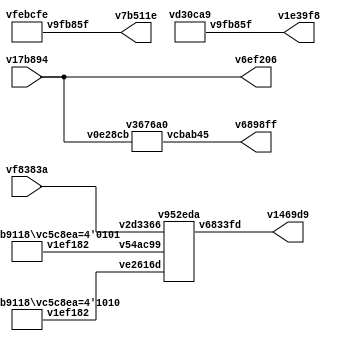
// Code generated by Icestudio 0.8.1w202112280812

`default_nettype none

//---- Top entity
module main #(
 parameter v2af3e8 = 4'hA,
 parameter v98e11a = 4'h5
) (
 input v17b894,
 input vf8383a,
 output v7b511e,
 output v6ef206,
 output [3:0] v1469d9,
 output v6898ff,
 output v1e39f8
);
 localparam p7 = v2af3e8;
 localparam p10 = v98e11a;
 wire w0;
 wire w1;
 wire w2;
 wire w3;
 wire w4;
 wire [0:3] w5;
 wire w6;
 wire [0:3] w8;
 wire [0:3] w9;
 assign v7b511e = w0;
 assign v6898ff = w1;
 assign w2 = v17b894;
 assign v6ef206 = w2;
 assign w3 = v17b894;
 assign v1e39f8 = w4;
 assign v1469d9 = w5;
 assign w6 = vf8383a;
 assign w3 = w2;
 vfebcfe v14f857 (
  .v9fb85f(w0)
 );
 v3676a0 vfc62fe (
  .vcbab45(w1),
  .v0e28cb(w3)
 );
 vd30ca9 vc19df4 (
  .v9fb85f(w4)
 );
 v9b9118 #(
  .vc5c8ea(p10)
 ) v7d370f (
  .v1ef182(w9)
 );
 v9b9118 #(
  .vc5c8ea(p7)
 ) v8f4039 (
  .v1ef182(w8)
 );
 v952eda v06ea2a (
  .v6833fd(w5),
  .v2d3366(w6),
  .ve2616d(w8),
  .v54ac99(w9)
 );
endmodule

//---- Top entity
module vfebcfe (
 output v9fb85f
);
 wire w0;
 assign v9fb85f = w0;
 vfebcfe_vb2eccd vb2eccd (
  .q(w0)
 );
endmodule

//---------------------------------------------------
//-- bit-1
//-- - - - - - - - - - - - - - - - - - - - - - - - --
//-- Constant bit 1
//---------------------------------------------------

module vfebcfe_vb2eccd (
 output q
);
 //-- Constant bit-1
 assign q = 1'b1;
 
 
endmodule
//---- Top entity
module v3676a0 (
 input v0e28cb,
 output vcbab45
);
 wire w0;
 wire w1;
 assign w0 = v0e28cb;
 assign vcbab45 = w1;
 v3676a0_vd54ca1 vd54ca1 (
  .a(w0),
  .q(w1)
 );
endmodule

//---------------------------------------------------
//-- NOT
//-- - - - - - - - - - - - - - - - - - - - - - - - --
//-- NOT gate (Verilog implementation)
//---------------------------------------------------

module v3676a0_vd54ca1 (
 input a,
 output q
);
 //-- NOT Gate
 assign q = ~a;
 
 
endmodule
//---- Top entity
module vd30ca9 (
 output v9fb85f
);
 wire w0;
 assign v9fb85f = w0;
 vd30ca9_vb2eccd vb2eccd (
  .q(w0)
 );
endmodule

//---------------------------------------------------
//-- bit-0
//-- - - - - - - - - - - - - - - - - - - - - - - - --
//-- Constant bit 0
//---------------------------------------------------

module vd30ca9_vb2eccd (
 output q
);
 //-- Constant bit-0
 assign q = 1'b0;
 
 
endmodule
//---- Top entity
module v9b9118 #(
 parameter vc5c8ea = 0
) (
 output [3:0] v1ef182
);
 localparam p0 = vc5c8ea;
 wire [0:3] w1;
 assign v1ef182 = w1;
 v9b9118_v465065 #(
  .VALUE(p0)
 ) v465065 (
  .k(w1)
 );
endmodule

//---------------------------------------------------
//-- 4-bits-gen-constant
//-- - - - - - - - - - - - - - - - - - - - - - - - --
//-- Generic: 4-bits generic constant (0-15)
//---------------------------------------------------

module v9b9118_v465065 #(
 parameter VALUE = 0
) (
 output [3:0] k
);
 assign k = VALUE;
endmodule
//---- Top entity
module v952eda (
 input [3:0] v54ac99,
 input [3:0] ve2616d,
 input v2d3366,
 output [3:0] v6833fd
);
 wire w0;
 wire w1;
 wire w2;
 wire [0:3] w3;
 wire w4;
 wire [0:3] w5;
 wire [0:3] w6;
 wire w7;
 wire w8;
 wire w9;
 wire w10;
 wire w11;
 wire w12;
 wire w13;
 wire w14;
 wire w15;
 wire w16;
 wire w17;
 wire w18;
 assign v6833fd = w3;
 assign w5 = ve2616d;
 assign w6 = v54ac99;
 assign w9 = v2d3366;
 assign w10 = v2d3366;
 assign w11 = v2d3366;
 assign w12 = v2d3366;
 assign w10 = w9;
 assign w11 = w9;
 assign w11 = w10;
 assign w12 = w9;
 assign w12 = w10;
 assign w12 = w11;
 vd0c4e5 v6d94c9 (
  .v030ad0(w0),
  .v2d3366(w11),
  .v27dec4(w15),
  .vb192d0(w17)
 );
 vd0c4e5 vebe465 (
  .v030ad0(w1),
  .v2d3366(w12),
  .v27dec4(w16),
  .vb192d0(w18)
 );
 vd0c4e5 ve1c21f (
  .v030ad0(w2),
  .v2d3366(w10),
  .v27dec4(w13),
  .vb192d0(w14)
 );
 v84f0a1 va44bdf (
  .vee8a83(w0),
  .v03aaf0(w1),
  .vf8041d(w2),
  .v11bca5(w3),
  .vd84a57(w4)
 );
 vd0c4e5 v2ebff3 (
  .v030ad0(w4),
  .v27dec4(w7),
  .vb192d0(w8),
  .v2d3366(w9)
 );
 vc4f23a v3c3a57 (
  .v985fcb(w5),
  .v4f1fd3(w8),
  .vda577d(w14),
  .v3f8943(w17),
  .v64d863(w18)
 );
 vc4f23a vd6d480 (
  .v985fcb(w6),
  .v4f1fd3(w7),
  .vda577d(w13),
  .v3f8943(w15),
  .v64d863(w16)
 );
endmodule

//---------------------------------------------------
//-- 4-bits-Mux-2-1
//-- - - - - - - - - - - - - - - - - - - - - - - - --
//-- 2-to-1 Multplexer (4-bit channels)
//---------------------------------------------------
//---- Top entity
module vd0c4e5 (
 input v27dec4,
 input vb192d0,
 input v2d3366,
 output v030ad0
);
 wire w0;
 wire w1;
 wire w2;
 wire w3;
 wire w4;
 wire w5;
 wire w6;
 wire w7;
 assign v030ad0 = w0;
 assign w2 = v2d3366;
 assign w3 = v2d3366;
 assign w6 = v27dec4;
 assign w7 = vb192d0;
 assign w3 = w2;
 v873425 vaaee1f (
  .vcbab45(w0),
  .v0e28cb(w1),
  .v3ca442(w4)
 );
 vba518e v569873 (
  .vcbab45(w1),
  .v3ca442(w2),
  .v0e28cb(w6)
 );
 v3676a0 v1f00ae (
  .v0e28cb(w3),
  .vcbab45(w5)
 );
 vba518e vc8527f (
  .vcbab45(w4),
  .v3ca442(w5),
  .v0e28cb(w7)
 );
endmodule

//---------------------------------------------------
//-- Mux-2-1
//-- - - - - - - - - - - - - - - - - - - - - - - - --
//-- 2-to-1 Multplexer (1-bit channels)
//---------------------------------------------------
//---- Top entity
module v873425 (
 input v0e28cb,
 input v3ca442,
 output vcbab45
);
 wire w0;
 wire w1;
 wire w2;
 assign w0 = v0e28cb;
 assign w1 = v3ca442;
 assign vcbab45 = w2;
 v873425_vf4938a vf4938a (
  .a(w0),
  .b(w1),
  .c(w2)
 );
endmodule

//---------------------------------------------------
//-- OR2
//-- - - - - - - - - - - - - - - - - - - - - - - - --
//-- OR2: Two bits input OR gate
//---------------------------------------------------

module v873425_vf4938a (
 input a,
 input b,
 output c
);
 //-- OR Gate
 //-- Verilog implementation
 
 assign c = a | b;
 
 
endmodule
//---- Top entity
module vba518e (
 input v0e28cb,
 input v3ca442,
 output vcbab45
);
 wire w0;
 wire w1;
 wire w2;
 assign w0 = v0e28cb;
 assign w1 = v3ca442;
 assign vcbab45 = w2;
 vba518e_vf4938a vf4938a (
  .a(w0),
  .b(w1),
  .c(w2)
 );
endmodule

//---------------------------------------------------
//-- AND2
//-- - - - - - - - - - - - - - - - - - - - - - - - --
//-- Two bits input And gate
//---------------------------------------------------

module vba518e_vf4938a (
 input a,
 input b,
 output c
);
 //-- AND gate
 //-- Verilog implementation
 
 assign c = a & b;
 
endmodule
//---- Top entity
module v84f0a1 (
 input vd84a57,
 input vf8041d,
 input vee8a83,
 input v03aaf0,
 output [3:0] v11bca5
);
 wire w0;
 wire w1;
 wire w2;
 wire w3;
 wire [0:3] w4;
 assign w0 = vee8a83;
 assign w1 = v03aaf0;
 assign w2 = vf8041d;
 assign w3 = vd84a57;
 assign v11bca5 = w4;
 v84f0a1_v9a2a06 v9a2a06 (
  .i1(w0),
  .i0(w1),
  .i2(w2),
  .i3(w3),
  .o(w4)
 );
endmodule

//---------------------------------------------------
//-- Bus4-Join-all
//-- - - - - - - - - - - - - - - - - - - - - - - - --
//-- Bus4-Join-all: Join all the wires into a 4-bits Bus
//---------------------------------------------------

module v84f0a1_v9a2a06 (
 input i3,
 input i2,
 input i1,
 input i0,
 output [3:0] o
);
 assign o = {i3, i2, i1, i0};
 
endmodule
//---- Top entity
module vc4f23a (
 input [3:0] v985fcb,
 output v4f1fd3,
 output vda577d,
 output v3f8943,
 output v64d863
);
 wire w0;
 wire w1;
 wire w2;
 wire w3;
 wire [0:3] w4;
 assign v3f8943 = w0;
 assign v64d863 = w1;
 assign vda577d = w2;
 assign v4f1fd3 = w3;
 assign w4 = v985fcb;
 vc4f23a_v9a2a06 v9a2a06 (
  .o1(w0),
  .o0(w1),
  .o2(w2),
  .o3(w3),
  .i(w4)
 );
endmodule

//---------------------------------------------------
//-- Bus4-Split-all
//-- - - - - - - - - - - - - - - - - - - - - - - - --
//-- Bus4-Split-all: Split the 4-bits bus into its wires
//---------------------------------------------------

module vc4f23a_v9a2a06 (
 input [3:0] i,
 output o3,
 output o2,
 output o1,
 output o0
);
 assign o3 = i[3];
 assign o2 = i[2];
 assign o1 = i[1];
 assign o0 = i[0];
endmodule